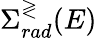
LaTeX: \Sigma_{rad}^{\gtrless}(E)